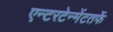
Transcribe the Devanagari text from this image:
एन्टरटेन्मेंटतर्फे